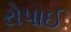
રોપાઈ